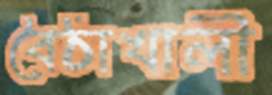
বৈঠাখালী